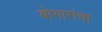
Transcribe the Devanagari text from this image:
बोगारांचा